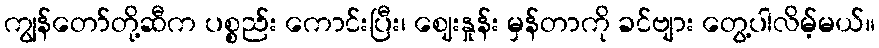
ကျွန်တော်တို့ဆီက ပစ္စည်း ကောင်းပြီး၊ ဈေးနှုန်း မှန်တာကို ခင်ဗျား တွေ့ပါလိမ့်မယ်။